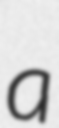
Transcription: a